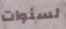
لسنوات